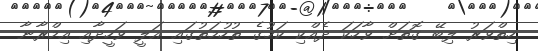
ހިތްވަރު ލިބޭ ގޮތަށް ވާހަކަ ދެއްކި ކަމުގެ ތުހުމަތުގައި އަލީ ވަހީދާއި އިމްރާނާ